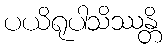
ပယိရုပါသိဿန္တိ